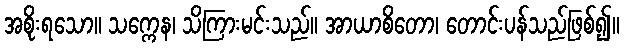
အစိုးရသော။ သက္ကေန၊ သိကြားမင်းသည်။ အာယာစိတော၊ တောင်းပန်သည်ဖြစ်၍။